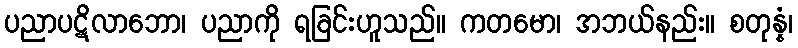
ပညာပဋိလာဘော၊ ပညာကို ရခြင်းဟူသည်။ ကတမော၊ အဘယ်နည်း။ စတုန္နံ၊